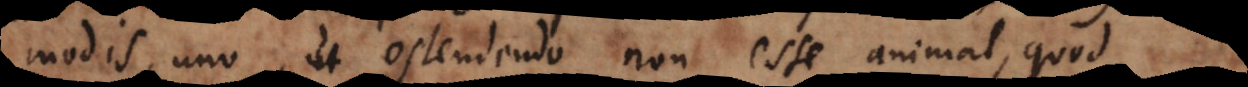
modis, uno, ut ostendendo non esse animal, quod